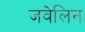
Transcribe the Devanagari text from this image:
जवेलिन